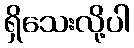
ရှိသေးလို့ပါ